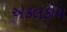
એકલકીય